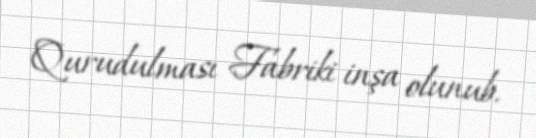
Qurudulması Fabriki inşa olunub.